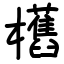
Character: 欍